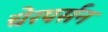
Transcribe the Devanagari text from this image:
चेरपर्सन